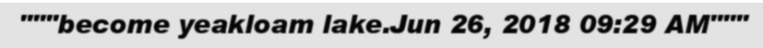
"""become yeakloam lake.Jun 26, 2018 09:29 AM"""